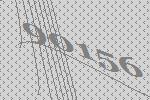
90156